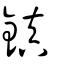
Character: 鎭